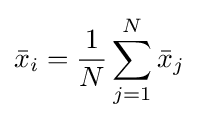
{\bar {x}}_{i}={\frac {1}{N}}\sum _{j=1}^{N}{\bar {x}}_{j}